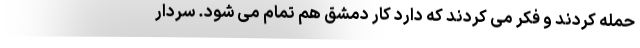
حمله کردند و فکر می کردند که دارد کار دمشق هم تمام می شود. سردار